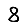
Digit: 8